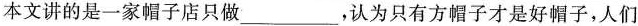
本文讲的是一家帽子店只做___，认为只有方帽子才是好帽子，人们